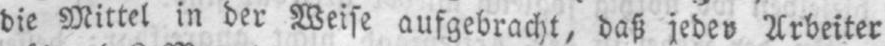
die Mittel in der Weise aufgebracht, daß jeder Arbeiter